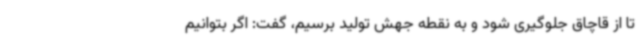
تا از قاچاق جلوگیری شود و به نقطه جهش تولید برسیم، گفت: اگر بتوانیم